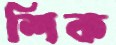
শিক